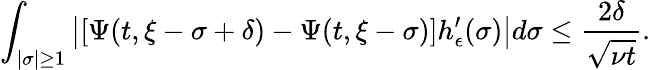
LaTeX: \int_{|\sigma|\geq 1}\left|[\Psi(t,\xi-\sigma+\delta)-\Psi(t,\xi-\sigma)]h_{\epsilon}^{\prime}(\sigma)\right|d\sigma\leq\frac{2\delta}{\sqrt{\nu t}}.